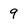
Character: 9